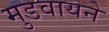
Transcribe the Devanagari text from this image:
मुडवायने